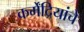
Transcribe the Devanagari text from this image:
कर्मेंद्रियांचे